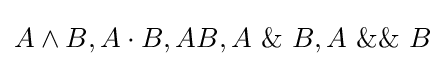
A\land B,A\cdot B,AB,A\ \&\ B,A\ \&\&\ B